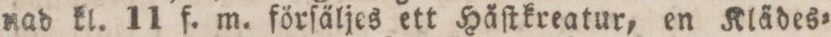
nad kl. 11 f. m. förſäljes ett Häſtkreatur, en Klädes=